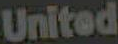
United